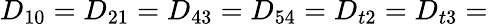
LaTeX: D_{10}=D_{21}=D_{43}=D_{54}=D_{t2}=D_{t3}=